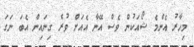
މިހާރު އެންމެ ޝޯއަކުން ވެސް އޭނާ އެއަށް ވުރެ ގިނައިން އެބަ ނަގަ